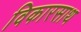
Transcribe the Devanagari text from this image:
विकारसाथ